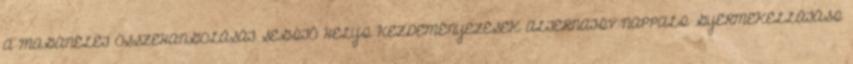
A MAGÁNÉLET ÖSSZEHANGOLÁSÁT SEGÍTŐ HELYI KEZDEMÉNYEZÉSEK ALTERNATÍV NAPPALI GYERMEKELLÁTÁSI